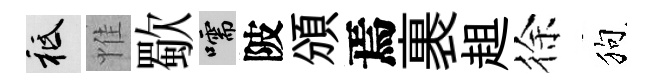
祇惟歜嚅陂頒焉裹趄徐狗